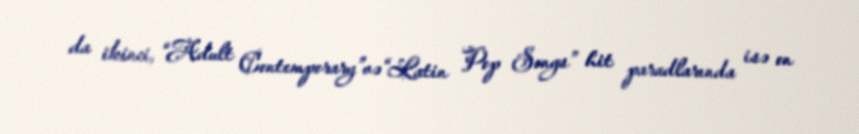
da ikinci, “Adult Contemporary”və“Latin Pop Songs” hit paradlarında isə on